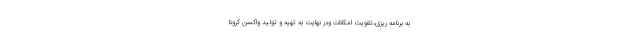
به برنامه ريزي،تقويت امكانات ودر نهايت به تهيه و توليد واكسن كرونا